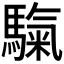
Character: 𩥀